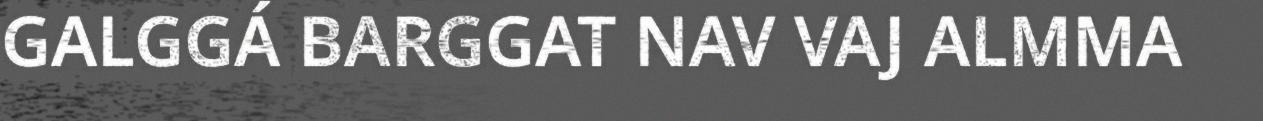
GALGGÁ BARGGAT NAV VAJ ALMMA